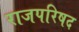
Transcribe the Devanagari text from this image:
राजपरिषद